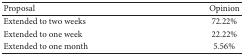
<table><thead><tr><td><b>Proposal</b></td><td><b>Opinion</b></td></tr></thead><tbody><tr><td>Extended to two weeks</td><td>72.22%</td></tr><tr><td>Extended to one week</td><td>22.22%</td></tr><tr><td>Extended to one month</td><td>5.56%</td></tr></tbody></table>